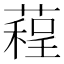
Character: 𦻓